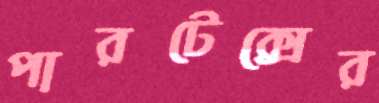
পারটেক্সের